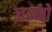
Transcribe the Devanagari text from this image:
जन्मो